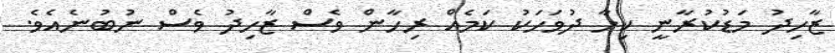
ޒާހިދު މަޑުކުރާނީ ކިހާ ދުވަހަކު ކަމެއް ރިހާން ވެސް ޒާހިދު ވެސް ނުބުނެއެވެ.